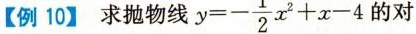
【例10】求抛物线y=-\frac{1}{2}x^2+x-4的对